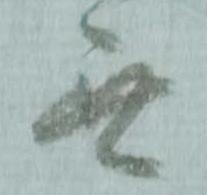
無